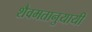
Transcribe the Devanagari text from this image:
शैवमतानुयायी